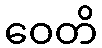
ဝေတိ